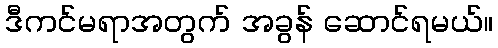
ဒီကင်မရာအတွက် အခွန် ဆောင်ရမယ်။